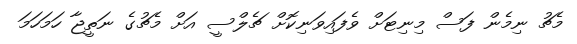
މެޗު ނިމެން ފަސް މިނިޓަށް ވެފައިވަނިކޮށް ޗެލްސީ އަށް މެޗުގެ ނަތީޖާ ހަމަހަމަ